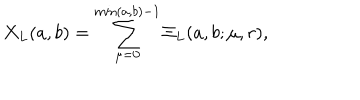
X _ { L } ( a , b ) = \sum _ { \mu = 0 } ^ { \min ( a , b ) - 1 } \Xi _ { L } ( a , b ; \mu , r ) ,